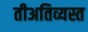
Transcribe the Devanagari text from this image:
तीअतिव्यस्त